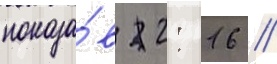
показа́в 2: 16 //